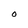
Character: O